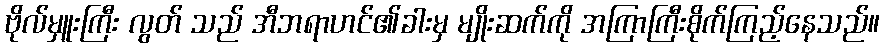
ဗိုလ်မှူးကြီး လွတ် သည် အီဘရာဟင်၏ခါးမှ မျိုးဆက်ကို အကြာကြီးစိုက်ကြည့်နေသည်။